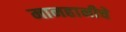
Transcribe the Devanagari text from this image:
मानहानीचे